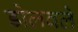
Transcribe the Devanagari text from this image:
डोलवले